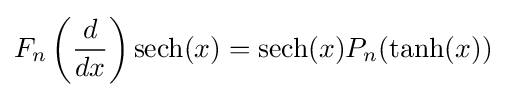
F_{n}\left({\frac {d}{dx}}\right)\operatorname {sech} (x)=\operatorname {sech} (x)P_{n}(\tanh(x))